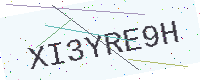
Text: XI3YRE9H